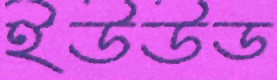
ইউউড